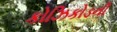
કોઝિકોડની